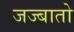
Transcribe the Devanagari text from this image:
जज्बातो